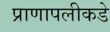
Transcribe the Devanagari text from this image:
प्राणापलीकडे